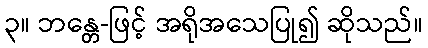
၃။ ဘန္တေ-ဖြင့် အရိုအသေပြု၍ ဆိုသည်။